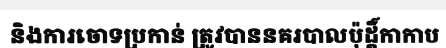
និងការចោទប្រកាន់ ត្រូវបាននគរបាលប៉ុដ្តិ៍កាកាប